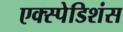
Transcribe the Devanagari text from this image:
एक्स्पेडिशंस